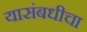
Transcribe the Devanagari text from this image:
यासंबधीचा